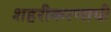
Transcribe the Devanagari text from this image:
शहरीकरणाची